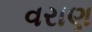
વરાણ